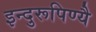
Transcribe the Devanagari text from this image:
इन्दुरूपिण्यै